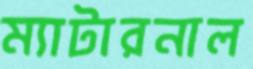
ম্যাটারনাল